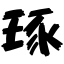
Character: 琢